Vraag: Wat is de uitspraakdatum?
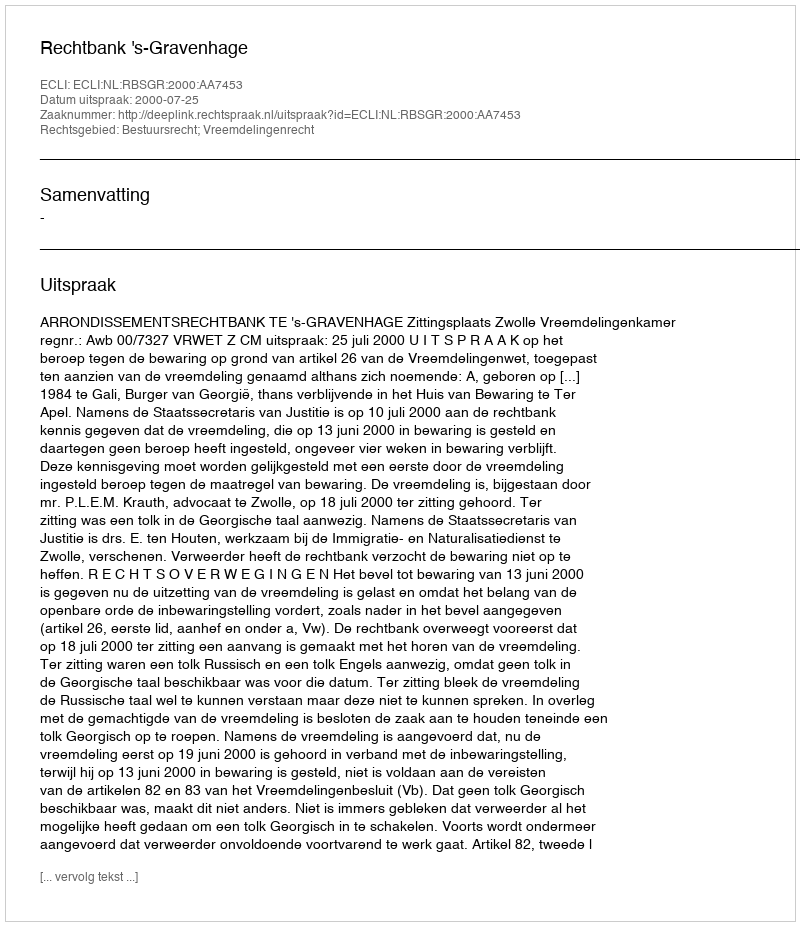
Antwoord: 2000-07-25